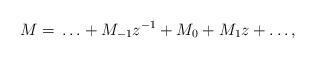
LaTeX: \begin{align*}M = \, \ldots + M_{-1}z^{-1} + M_0 + M_1 z + \ldots,\end{align*}